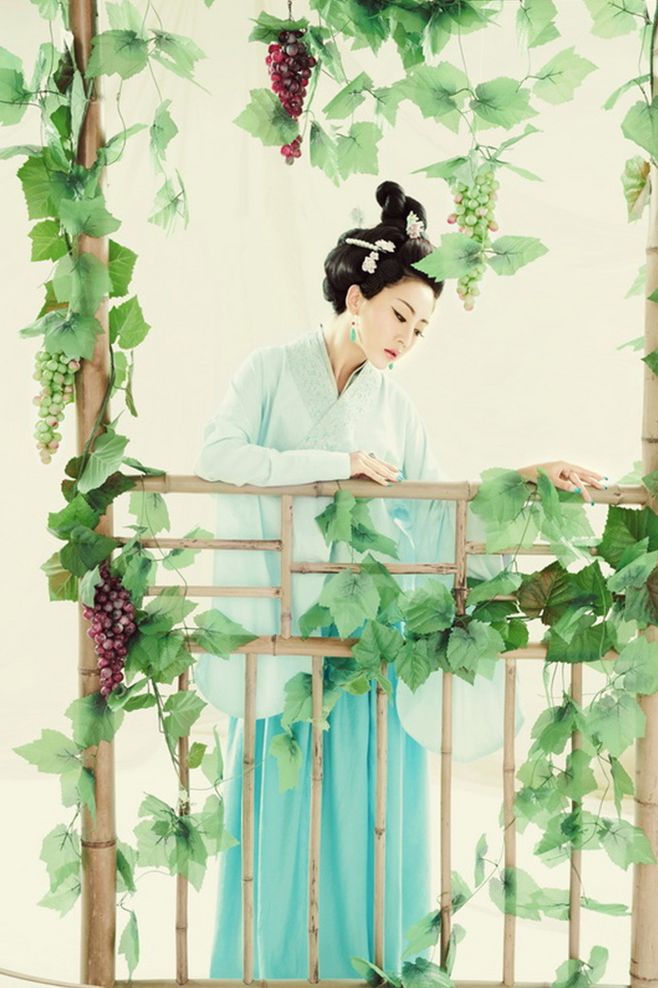
碧野朱桥当日事，人不见，水空流。